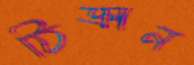
ঠিক্‌রান